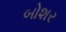
બોશર